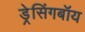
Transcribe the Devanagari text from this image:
ड्रेसिंगबॉय